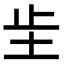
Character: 𫭠